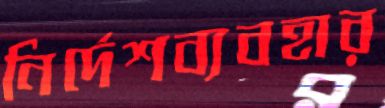
নির্দেশব্যবহার